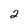
Character: 2